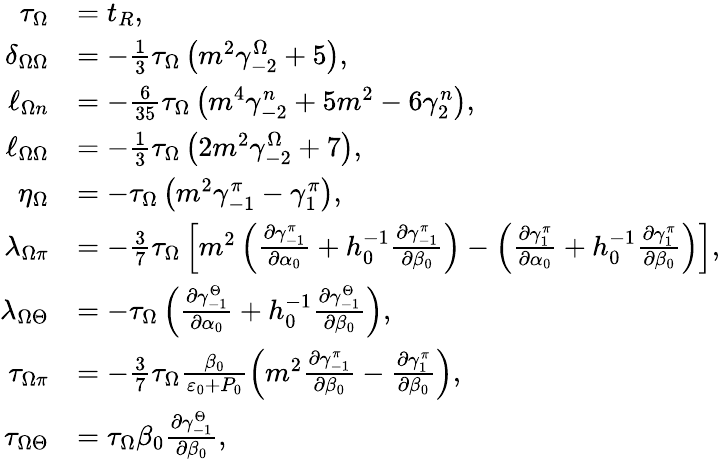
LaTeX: \begin{array}{rl}{\tau_{\Omega}}&{=t_{R},}\\ {\delta_{\Omega\Omega}}&{=-\frac{1}{3}\tau_{\Omega}\left(m^{2}\gamma_{-2}^{\Omega}+5\right),}\\ {\ell_{\Omega n}}&{=-\frac{6}{35}\tau_{\Omega}\left(m^{4}\gamma_{-2}^{n}+5m^{2}-6\gamma_{2}^{n}\right),}\\ {\ell_{\Omega\Omega}}&{=-\frac{1}{3}\tau_{\Omega}\left(2m^{2}\gamma_{-2}^{\Omega}+7\right),}\\ {\eta_{\Omega}}&{=-\tau_{\Omega}\left(m^{2}\gamma_{-1}^{\pi}-\gamma_{1}^{\pi}\right),}\\ {\lambda_{\Omega\pi}}&{=-\frac{3}{7}\tau_{\Omega}\left[m^{2}\left(\frac{\partial\gamma_{-1}^{\pi}}{\partial\alpha_{0}}+h_{0}^{-1}\frac{\partial\gamma_{-1}^{\pi}}{\partial\beta_{0}}\right)-\left(\frac{\partial\gamma_{1}^{\pi}}{\partial\alpha_{0}}+h_{0}^{-1}\frac{\partial\gamma_{1}^{\pi}}{\partial\beta_{0}}\right)\right],}\\ {\lambda_{\Omega\Theta}}&{=-\tau_{\Omega}\left(\frac{\partial\gamma_{-1}^{\Theta}}{\partial\alpha_{0}}+h_{0}^{-1}\frac{\partial\gamma_{-1}^{\Theta}}{\partial\beta_{0}}\right),}\\ {\tau_{\Omega\pi}}&{=-\frac{3}{7}\tau_{\Omega}\frac{\beta_{0}}{\varepsilon_{0}+P_{0}}\left(m^{2}\frac{\partial\gamma_{-1}^{\pi}}{\partial\beta_{0}}-\frac{\partial\gamma_{1}^{\pi}}{\partial\beta_{0}}\right),}\\ {\tau_{\Omega\Theta}}&{=\tau_{\Omega}\beta_{0}\frac{\partial\gamma_{-1}^{\Theta}}{\partial\beta_{0}},}\end{array}